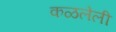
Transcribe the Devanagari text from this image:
कळलेली